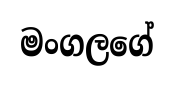
මංගලගේ